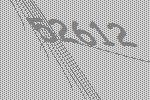
52612